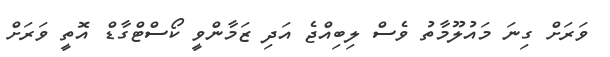
ވަރަށް ގިނަ މައުލޫމާތު ވެސް ލިބިއްޖެ އަދި ޒަމާންވީ ކޯސްޓްގާޑް އޮތީ ވަރަށް